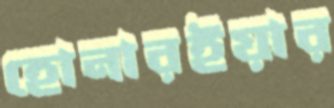
হোনারইয়ার